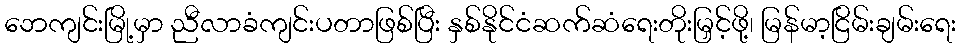
ဘေကျင်းမြို့မှာ ညီလာခံကျင်းပတာဖြစ်ပြီး နှစ်နိုင်ငံဆက်ဆံရေးတိုးမြှင့်ဖို့၊ မြန်မာ့ငြိမ်းချမ်းရေး